Report of the King Institute of Preventive Medicine, Guindy
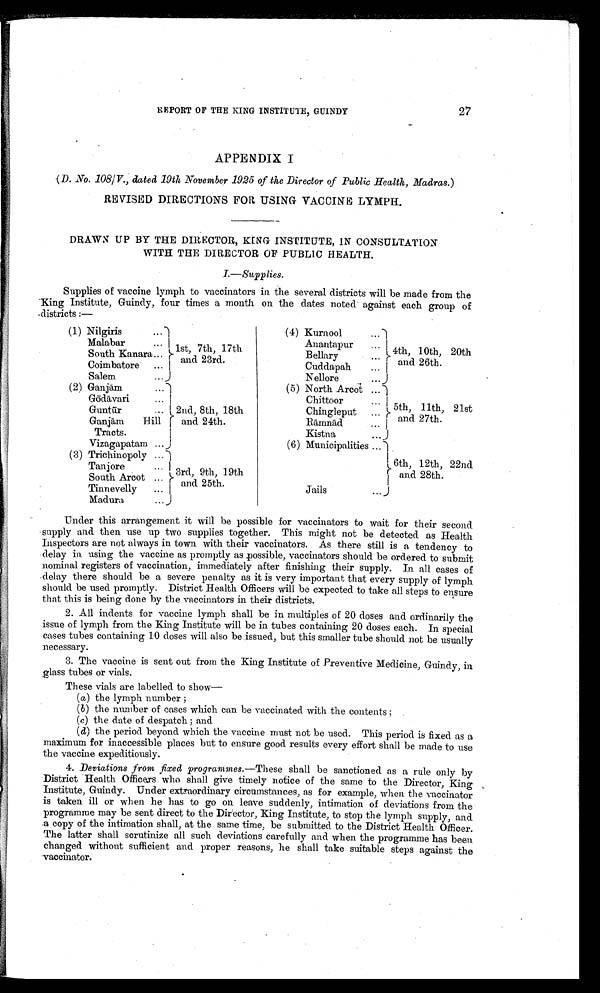
REPORT OF THE KING INSTITUTE, GUINDY
27
APPENDIX I
(D. No. 108/V., dated 19th November 1925 of the Director of Public Health, Madras.)
REVISED DIRECTIONS FOR USING VACCINE LYMPH.
DRAWN UP BY THE DIRECTOR, KENG INSTITUTE, IN CONSULTATION
WITH THE DIRECTOR OF PUBLIC HEALTH.
I.—Supplies.
Supplies of vaccine lymph to vaccinators in the several districts will be made from the
King Institute, Guindy, four times a month on the dates noted against each group of
districts :—
(1) Nilgiris
...
1st. 7th, 17th
and 23rd.
(4) Kurnool
...
4th, 10th, 20th
and 26th.
Malabar
Anantapur
...
South Kanara...
Bellary
...
Coimbatore ...
Cuddapah
...
Salem
...
Nellore
...
(2) Ganjām
...
2nd, 8th, 18th
and 24th.
(5) North Arcot ...
5th, 11th, 21st
and 27th.
Gō dāvari
...
Chittoor
...
Gū ntur
...
Chingleput ...
Ganjām
Hill
Rāmnād
...
Kistna
...
Tracts.
(6) Municipalities ...
6th, 12th, 22nd
and 28th.
Vizagapatam ...
(3) Trichinopoly ...
3rd, 9th, 19th
and 25th.
Tanjore
...
South Arcot . . .
Tinnevelly
...
Jails
...
Madura
...
Under this arrangement it will be possible for vaccinators to wait for their second
supply and then use up two supplies together. This might not be detected as Health
Inspectors are not always in town with their vaccinators. As there still is a tendency to
delay in using the vaccine as promptly as possible, vaccinators should be ordered to submit
nominal registers of vaccination, immediately after finishing their supply. In all cases of
delay there should be a severe penalty as it is very important that every supply of lymph
should be used promptly. District Health Officers will be expected to take all steps to ensure
that this is being done by the vaccinators in their districts.
2. All indents for vaccine lymph shall be in multiples of 20 doses and ordinarily the
issue of lymph from the King Institute will be in tubes containing 20 doses each. In special
cases tubes containing 10 doses will also be issued, but this smaller tube should not be usually
necessary.
3. The vaccine is sent out from the King Institute of Preventive Medicine, Guindy, in
glass tubes or vials.
T h e s e v i a l s a r e l a b e l l e d t o s h o w —
( a) the lymph number ;
( b ) the number of cases which can be vaccinated with the contents ;
(c) the date of despatch ; and
(d) the period beyond which the vaccine must not be used. This period is fixed as a
maximum for inaccessible places but to ensure good results every effort shall be made to use
the vaccine expeditiously.
4. Deviations from fixed programmes.—These shall be sanctioned as a rule only by
District Health Officers who shall give timely notice of the same to the Director, King
Institute, Guindy. Under extraordinary circumstances, as for example, when the vaccinator
is taken ill or when he has to go on leave suddenly, intimation of deviations from the
programme may be sent direct to the Director, King Institute, to stop the lymph supply, and
a copy of the intimation shall, at the same time, be submitted to the District Health Officer.
The latter shall scrutinize all such deviations carefully and when the programme has been
changed without sufficient and proper reasons, he shall take suitable steps against the
vaccinator.